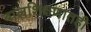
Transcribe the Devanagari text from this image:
बालशिक्षणातही